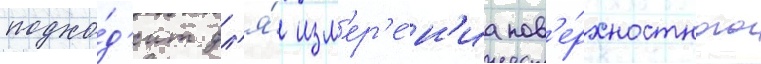
подхо́д'ит дл'я́ изм'ер'е́н'иа пов'е́рхностного